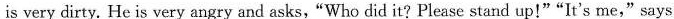
is very dirty. He is very angry and asks,"Who did it? Please stand up!""It's me," says